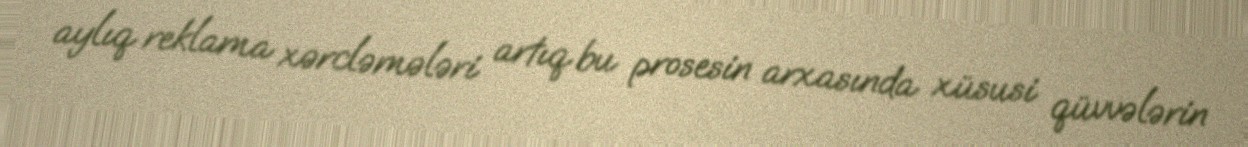
aylıq reklama xərcləmələri artıq bu prosesin arxasında xüsusi qüvvələrin